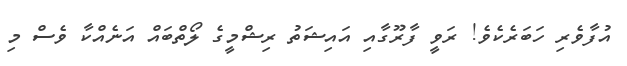
އުފާވެރި ހަބަރެކެވެ! ރަވީ ފާރޫގާއި އައިޝަތު ރިޝްމީގެ ލޯތްބައް އަނެއްކާ ވެސް މި